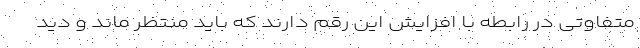
متفاوتی در رابطه با افزایش این رقم دارند که باید منتظر ماند و دید